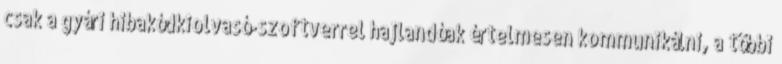
csak a gyári hibakódkiolvasó-szoftverrel hajlandóak értelmesen kommunikálni, a többi